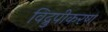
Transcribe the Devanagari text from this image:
विद्रुपीकरण